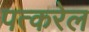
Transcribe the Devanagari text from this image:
पत्करेल